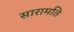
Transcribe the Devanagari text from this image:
सारामति